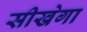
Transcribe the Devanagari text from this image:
सीखेगा